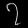
Digit: ၇